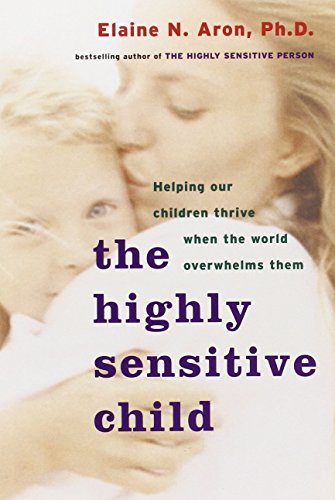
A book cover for The Highly Sensitive Child: Helping Our Children Thrive When the World Overwhelms Them; Elaine Aron; Parenting & Relationships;